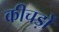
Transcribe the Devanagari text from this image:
कीचड़ों